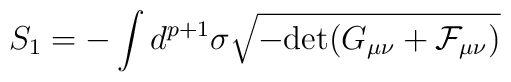
S_1 = - \int d^{p + 1} \sigma \sqrt{- {\rm {\rm det}} (G_{\mu\nu} + {\cal F}_{\mu\nu})}